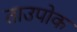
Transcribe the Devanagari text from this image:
ताउपोक